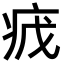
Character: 𬏡